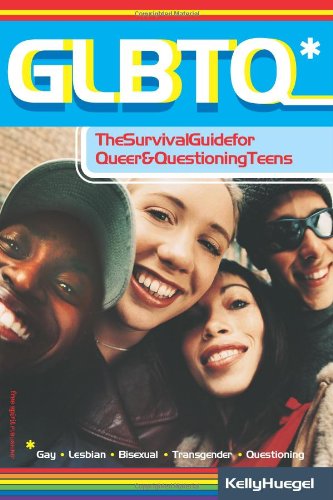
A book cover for GLBTQ: The Survival Guide for Queer and Questioning Teens; Kelly Huegel; Gay & Lesbian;